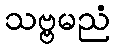
သဗ္ဗမညံ